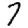
Digit: 7